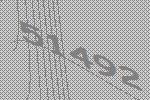
51492